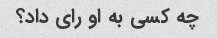
چه کسی به او رای داد؟